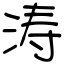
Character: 涛